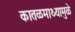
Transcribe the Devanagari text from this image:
कातळमाथ्यामुळे